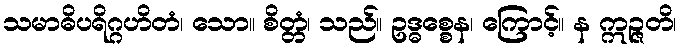
သမာဓိပရိဂ္ဂဟိတံ၊ သော။ စိတ္တံ၊ သည်။ ဥဒ္ဓစ္စေန၊ ကြောင့်။ န ဣဉ္ဇတိ၊